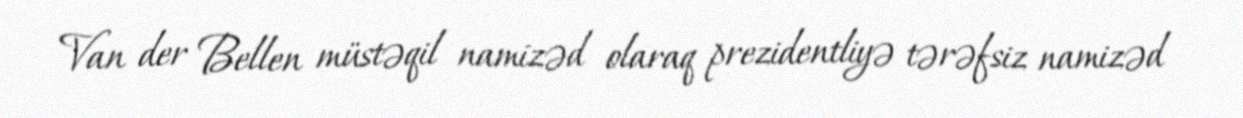
Van der Bellen müstəqil namizəd olaraq prezidentliyə tərəfsiz namizəd